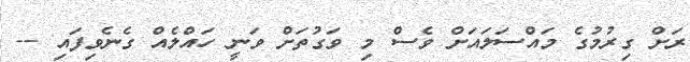
ރަށް ގިރުމުގެ މައްސަލައަށް ވެސް މި ވަގުތަށް ވަނީ ހައްލެއް ގެނެވިފައި --